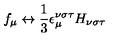
f _ { \mu } \leftrightarrow \frac { 1 } { 3 } \epsilon _ { \mu } ^ { \nu \sigma \tau } H _ { \nu \sigma \tau }